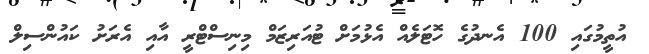
އުތީމުގައި 100 އެނދުގެ ހޮޓަލެއް އެޅުމަށް ޓުއަރިޒަމް މިނިސްޓްރީ އާއި އެރަށު ކައުންސިލް